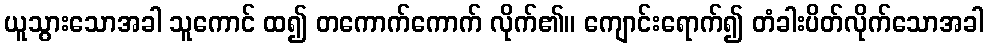
ယူသွားသောအခါ သူကောင် ထ၍ တကောက်ကောက် လိုက်၏။ ကျောင်းရောက်၍ တံခါးပိတ်လိုက်သောအခါ